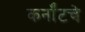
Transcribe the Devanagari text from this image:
कर्नॉटचे